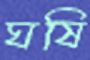
ঘষি